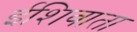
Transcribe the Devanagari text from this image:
ईशिवाता